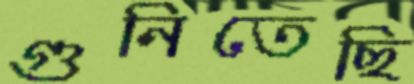
গুনিতেছি